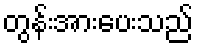
တွန်းအားပေးသည်